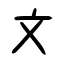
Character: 文